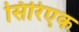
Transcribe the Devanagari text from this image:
सिरिएक